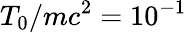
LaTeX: T_{0}/mc^{2}=10^{-1}